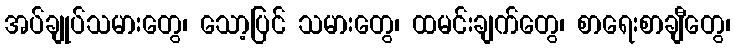
အပ်ချုပ်သမားတွေ၊ သော့ပြင် သမားတွေ၊ ထမင်းချက်တွေ၊ စာရေးစာချီတွေ၊